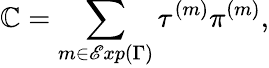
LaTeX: {\cal\mathbb{C}}=\sum_{m\in\mathscr{E}xp(\Gamma)}\tau^{(m)}\pi^{(m)},